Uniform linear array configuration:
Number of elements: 48
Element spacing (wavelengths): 0.5
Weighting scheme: hamming
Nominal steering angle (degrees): -15
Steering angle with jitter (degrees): -13.005
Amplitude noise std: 0.05
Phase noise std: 0.05

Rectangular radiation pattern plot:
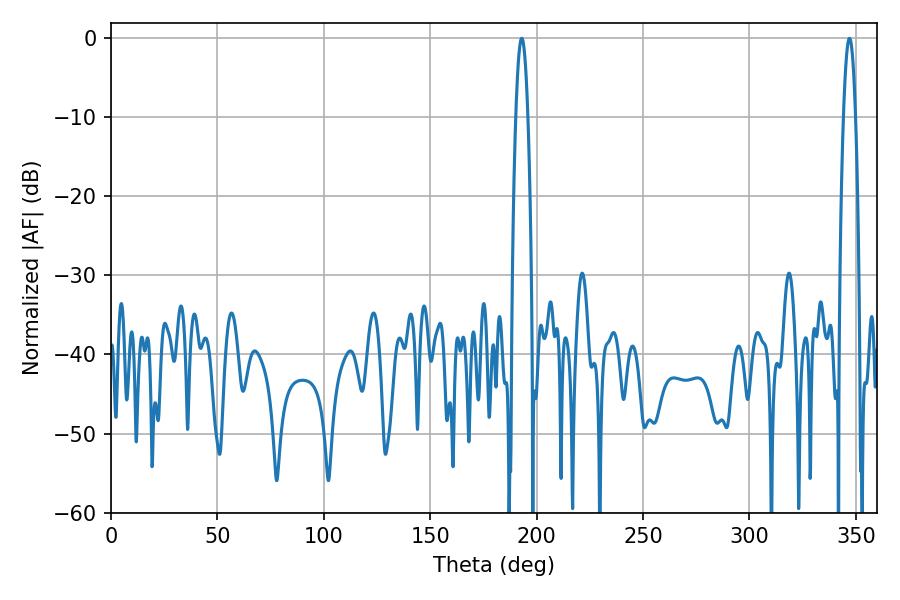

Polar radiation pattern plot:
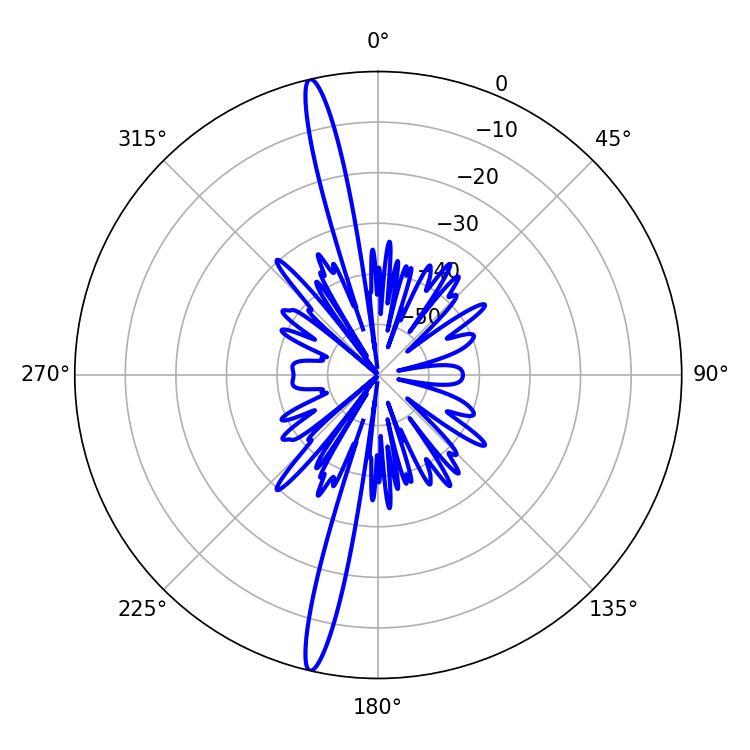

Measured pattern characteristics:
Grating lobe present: FALSE
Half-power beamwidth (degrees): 3.06
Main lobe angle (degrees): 192.96